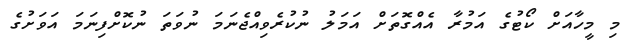
މި މީހާއަށް ކޯޓުގެ އަމުރާ އެއްގޮތަށް އަމަލު ނުކުރެވިއްޖެނަމަ ނުވަތަ ނުކޮށްފިނަމަ އަވަށުގެ